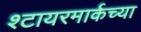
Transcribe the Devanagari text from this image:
श्टायरमार्कच्या